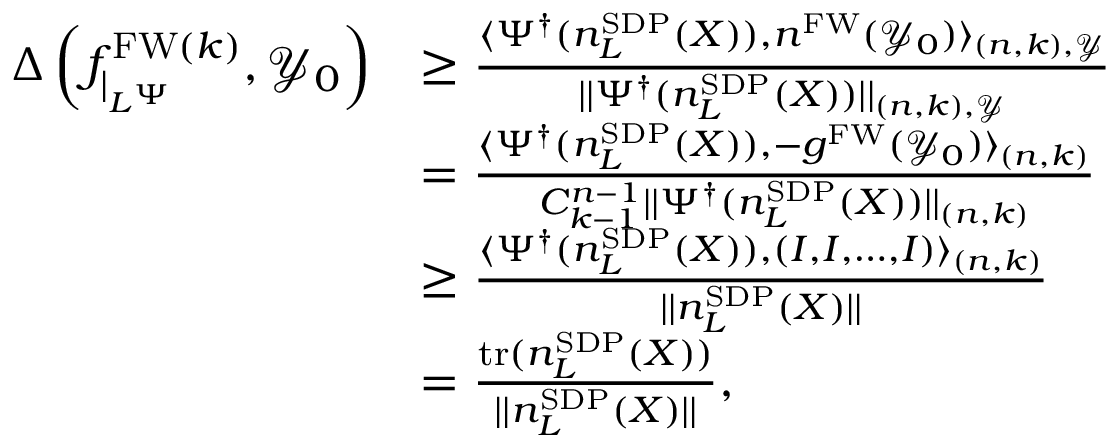
\begin{array} { r l } { \Delta \left( f _ { \vert _ { L ^ { \Psi } } } ^ { \mathrm { F W } ( k ) } , \mathcal { Y } _ { 0 } \right) } & { \ge \frac { \langle \Psi ^ { \dagger } ( n _ { L } ^ { \mathrm { S D P } } ( X ) ) , n ^ { \mathrm { F W } } ( \mathcal { Y } _ { 0 } ) \rangle _ { { ( n , k ) , \mathcal { Y } } } } { \vert \vert \Psi ^ { \dagger } ( n _ { L } ^ { \mathrm { S D P } } ( X ) ) \vert \vert _ { { ( n , k ) , \mathcal { Y } } } } } \\ & { = \frac { \langle \Psi ^ { \dagger } ( n _ { L } ^ { \mathrm { S D P } } ( X ) ) , - g ^ { \mathrm { F W } } ( \mathcal { Y } _ { 0 } ) \rangle _ { ( n , k ) } } { { C _ { k - 1 } ^ { n - 1 } } \vert \vert \Psi ^ { \dagger } ( n _ { L } ^ { \mathrm { S D P } } ( X ) ) \vert \vert _ { ( n , k ) } } } \\ & { \ge \frac { \langle \Psi ^ { \dagger } ( n _ { L } ^ { \mathrm { S D P } } ( X ) ) , ( I , I , \ldots , I ) \rangle _ { ( n , k ) } } { \vert \vert n _ { L } ^ { \mathrm { S D P } } ( X ) \vert \vert } } \\ & { = \frac { \mathrm { t r } ( n _ { L } ^ { \mathrm { S D P } } ( X ) ) } { \vert \vert n _ { L } ^ { \mathrm { S D P } } ( X ) \vert \vert } , } \end{array}